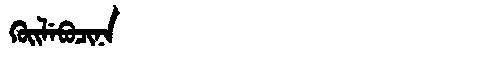
Manchu: ᡴᡠᡳᠯᡝᠪᡠᠴᡳᠨᠠ
Romanization: KUILEBUCINA